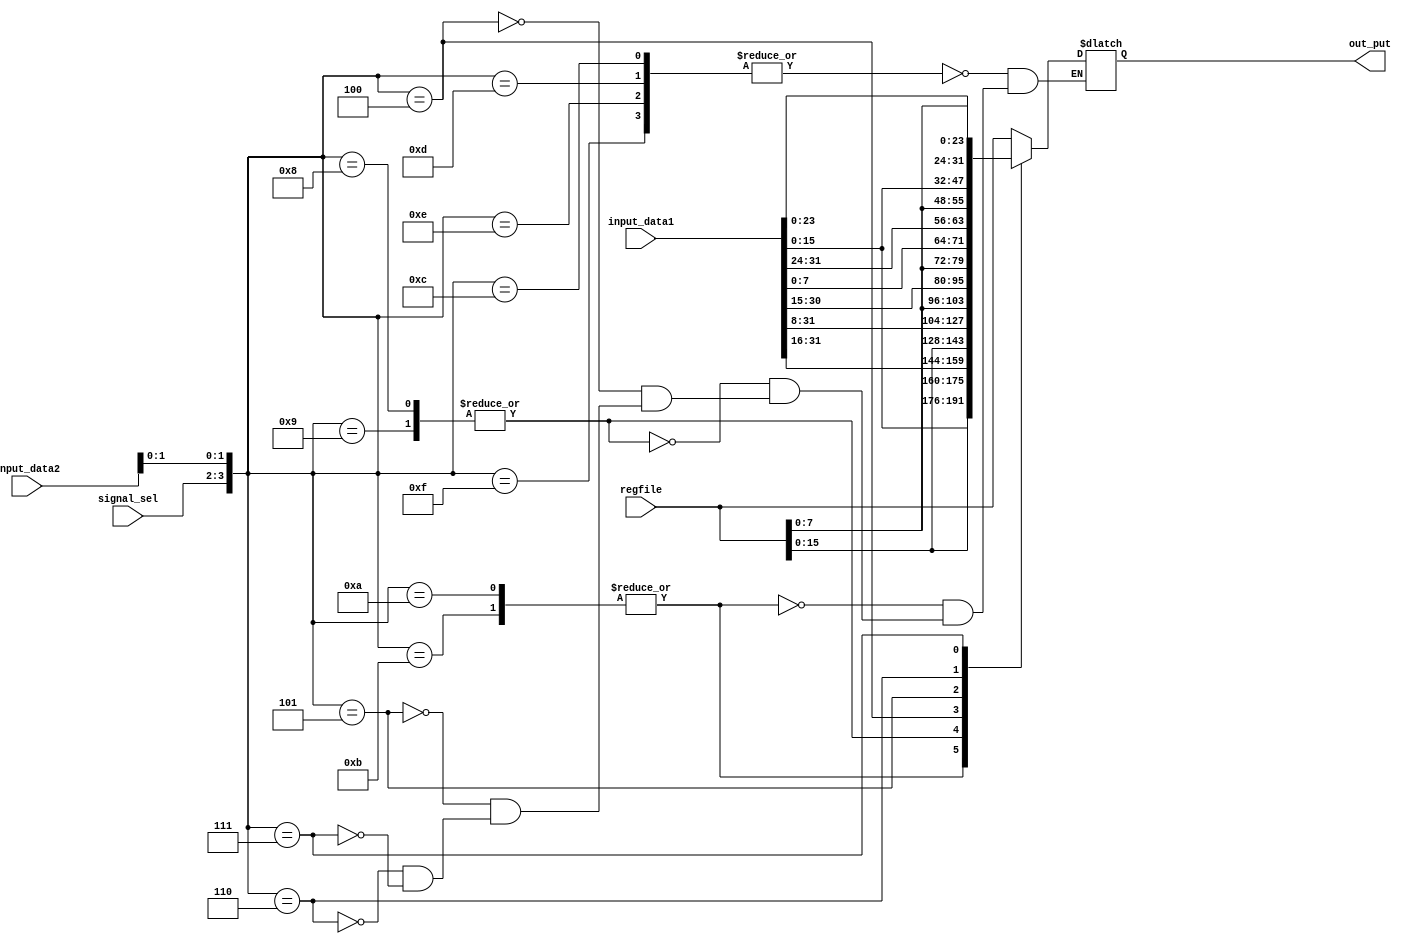
`timescale 1ns / 1ps//
module selectorLBLHLW(input [1:0]signal_sel,input [31:0]regfile,input [31:0]input_data1,input [31:0]input_data2,output reg [31:0]out_put);
always@(*)begin case({signal_sel,input_data2[1:0]})
4'b1100,4'b1101,4'b1110,4'b1111:out_put=regfile;
4'b1010,4'b1011:out_put={regfile[15:0],input_data1[15:0]};
4'b1000,4'b1001:out_put={input_data1[31:16],regfile[15:0]};
4'b0100:out_put={input_data1[31:8],regfile[7:0]};
4'b0101:out_put={input_data1[31:15],regfile[7:0],input_data1[7:0]};
4'b0110:out_put={input_data1[31:24],regfile[7:0],input_data1[15:0]};
4'b0111:out_put={regfile[7:0],input_data1[23:0]};endcase end endmodule